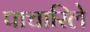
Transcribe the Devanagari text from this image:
पाचारिले